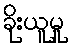
ခိုးယူမှု